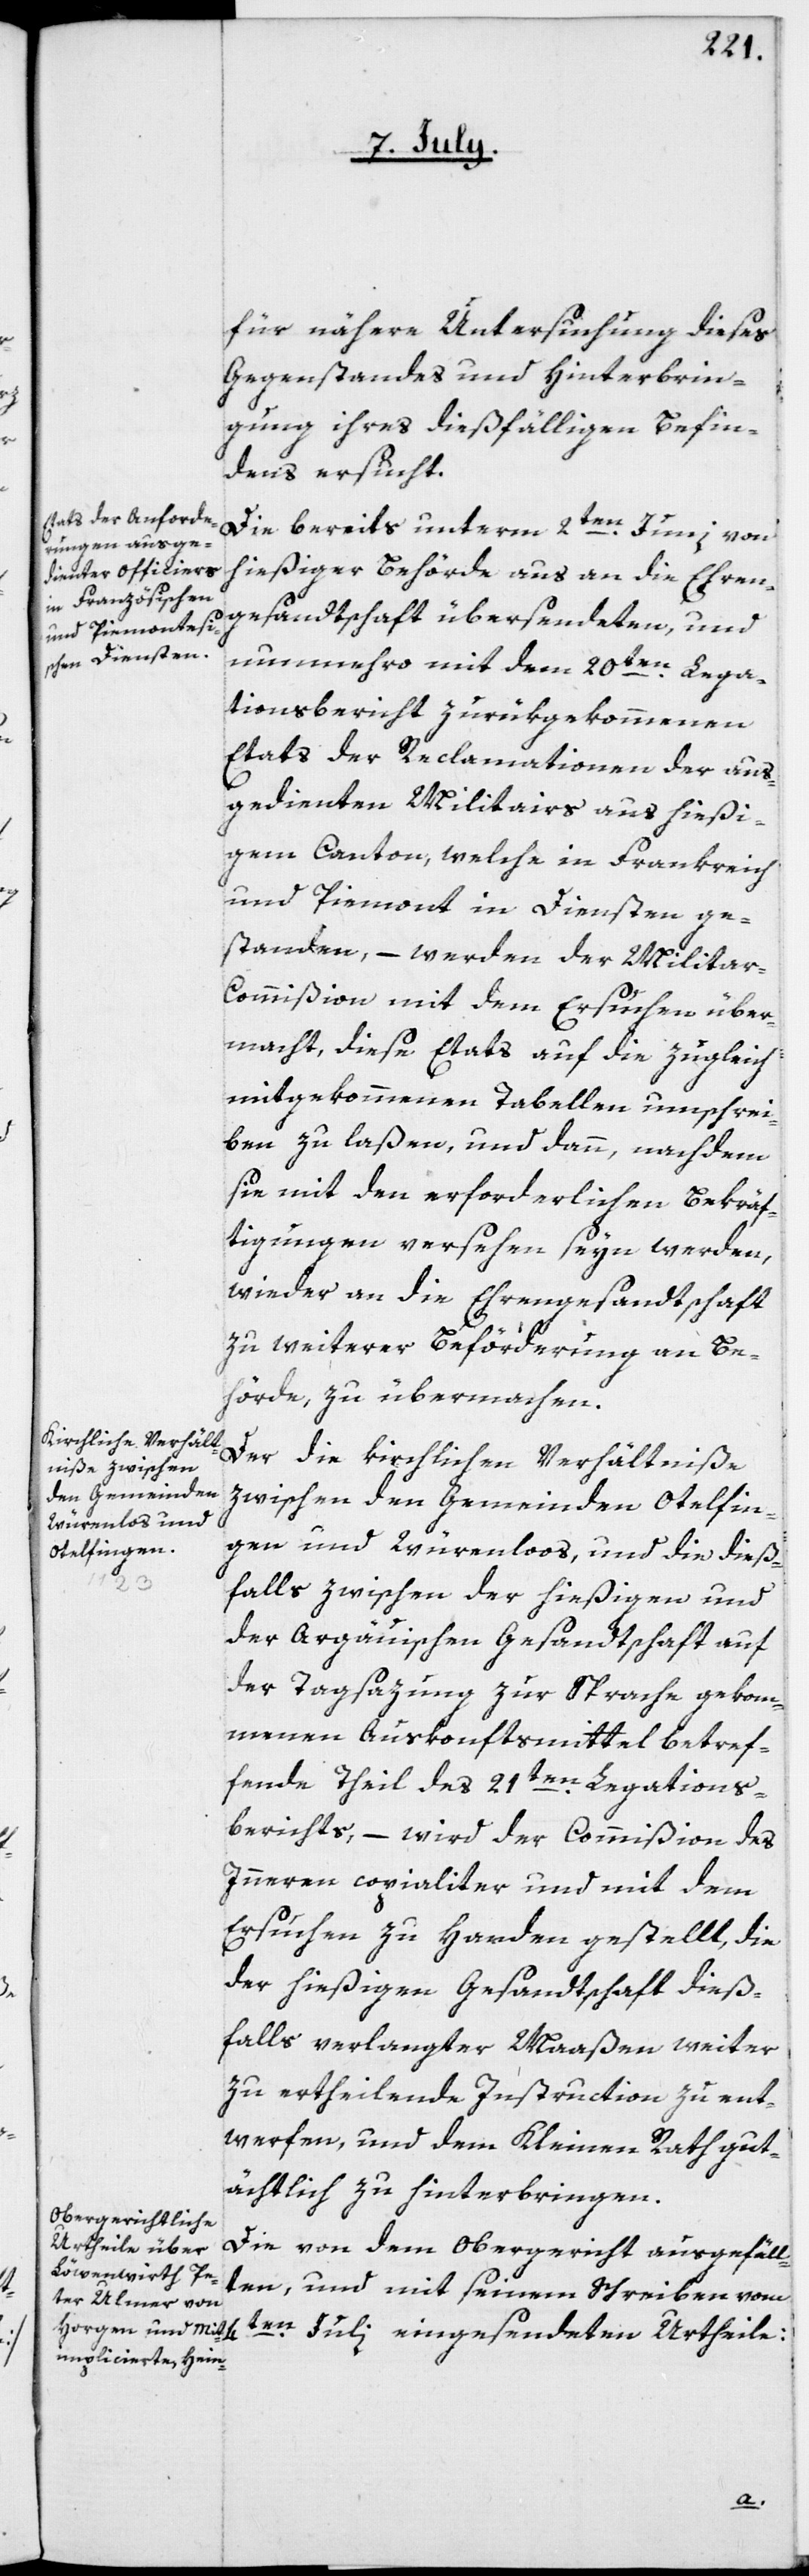
für nähere Untersuchung dieses
Gegenstandes und Hinterbrin¬
gung ihres dießfälligen Befin¬
dens ersucht.
Die bereits unterm 2ten Junii von
hießiger Behörde aus an die Ehren¬
gesandtschaft übersendeten, und
nunmehro mit dem 20ten Lega¬
tionsbericht zurükgekommenen
Etats der Reclamationen des aus¬
gedienten Militairs aus hießi¬
gem Canton, welche in Frankreich
und Piemont in Diensten ge¬
standen, – werden der Milita¬
r-Commißion mit dem Ersuchen über¬
macht, diese Etats auf die zugleich
mitgekommenen Tabellen umschrei¬
ben zu laßen, und dann, nachdem
sie mit den erforderlichen Bekräf¬
tigungen versehen seyon werden,
wieder an die Ehrengesandtschaft
zu weiterer Beförderung an Be¬
hörde, zu übermachen.
Der die kirchlichen Verhältniße
zwischen den Gemeinden Otelfin¬
gen und Würenloos, und die dieß¬
falls zwischen der hießigen und
der Argäuischen Gesandtschaft auf
der Tagsazung zur Sprache gekom¬
menen Auskonftsmittel betref¬
fende Theil des 21ten Legations¬
berichts, – wird der Commißion des
Innern copialiter und mit dem
Ersuchen zu Handen gestellt, die
der hießigen Gesandtschaft dieß¬
falls verlangter Maaßen weiter
zu ertheilende Instruction zu ent¬
werfen, und dem Kleinen Rath gut¬
ächtlich zu hinterbringen.
Die von dem Obergericht ausgefällt¬
en, und mit seinem Schreiben vom
4ten Julii eingesendeten Urtheile: